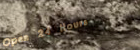
Open 24 Hours